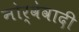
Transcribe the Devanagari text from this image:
नोर्वेवादी